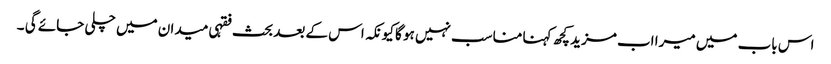
اس باب میں میرا اب مزید کچھ کہنا مناسب نہیں ہو گا کیونکہ اس کے بعد بحث فقہی میدان میں چلی جائے گی ۔